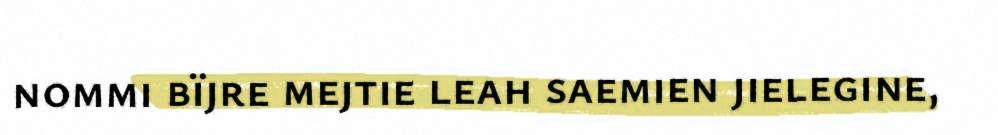
nommi bïjre mejtie leah saemien jielegine,